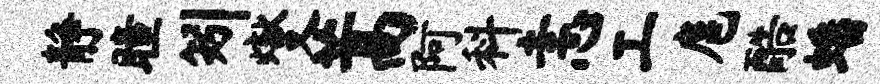
静瞳矧燮蒿阿料恚工扈酷蟠